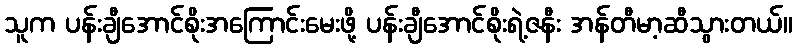
သူက ပန်းချီအောင်စိုးအကြောင်းမေးဖို့ ပန်းချီအောင်စိုးရဲ့ဇနီး အန်တီမာ့ဆီသွားတယ်။